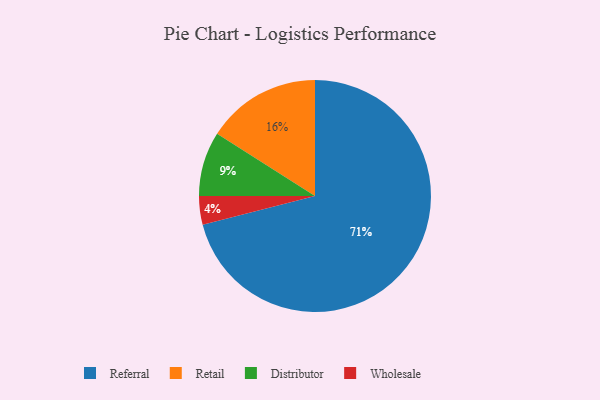
{"axis": {"x": "Category", "y": "Percentage"}, "legend": ["Distributor", "Referral", "Retail", "Wholesale"], "data": [{"x": "Wholesale", "y": 4, "type": "Wholesale"}, {"x": "Retail", "y": 16, "type": "Retail"}, {"x": "Distributor", "y": 9, "type": "Distributor"}, {"x": "Referral", "y": 71, "type": "Referral"}]}